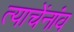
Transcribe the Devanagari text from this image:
त्याचेंनांव